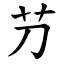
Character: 芀